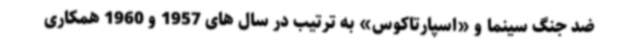
ضد جنگ سینما و «اسپارتاکوس» به ترتیب در سال های 1957 و 1960 همکاری